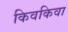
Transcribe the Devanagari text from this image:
किवकिवा